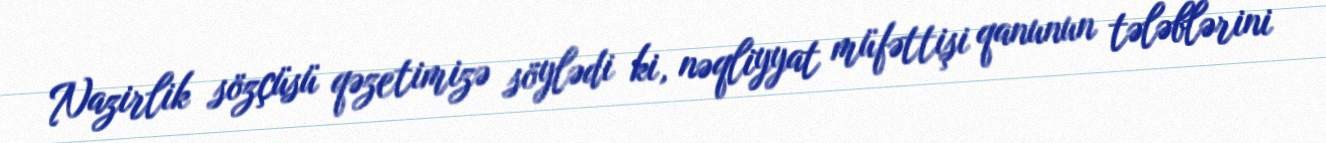
Nazirlik sözçüsü qəzetimizə söylədi ki, nəqliyyat müfəttişi qanunun tələblərini